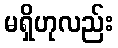
မရှိဟုလည်း